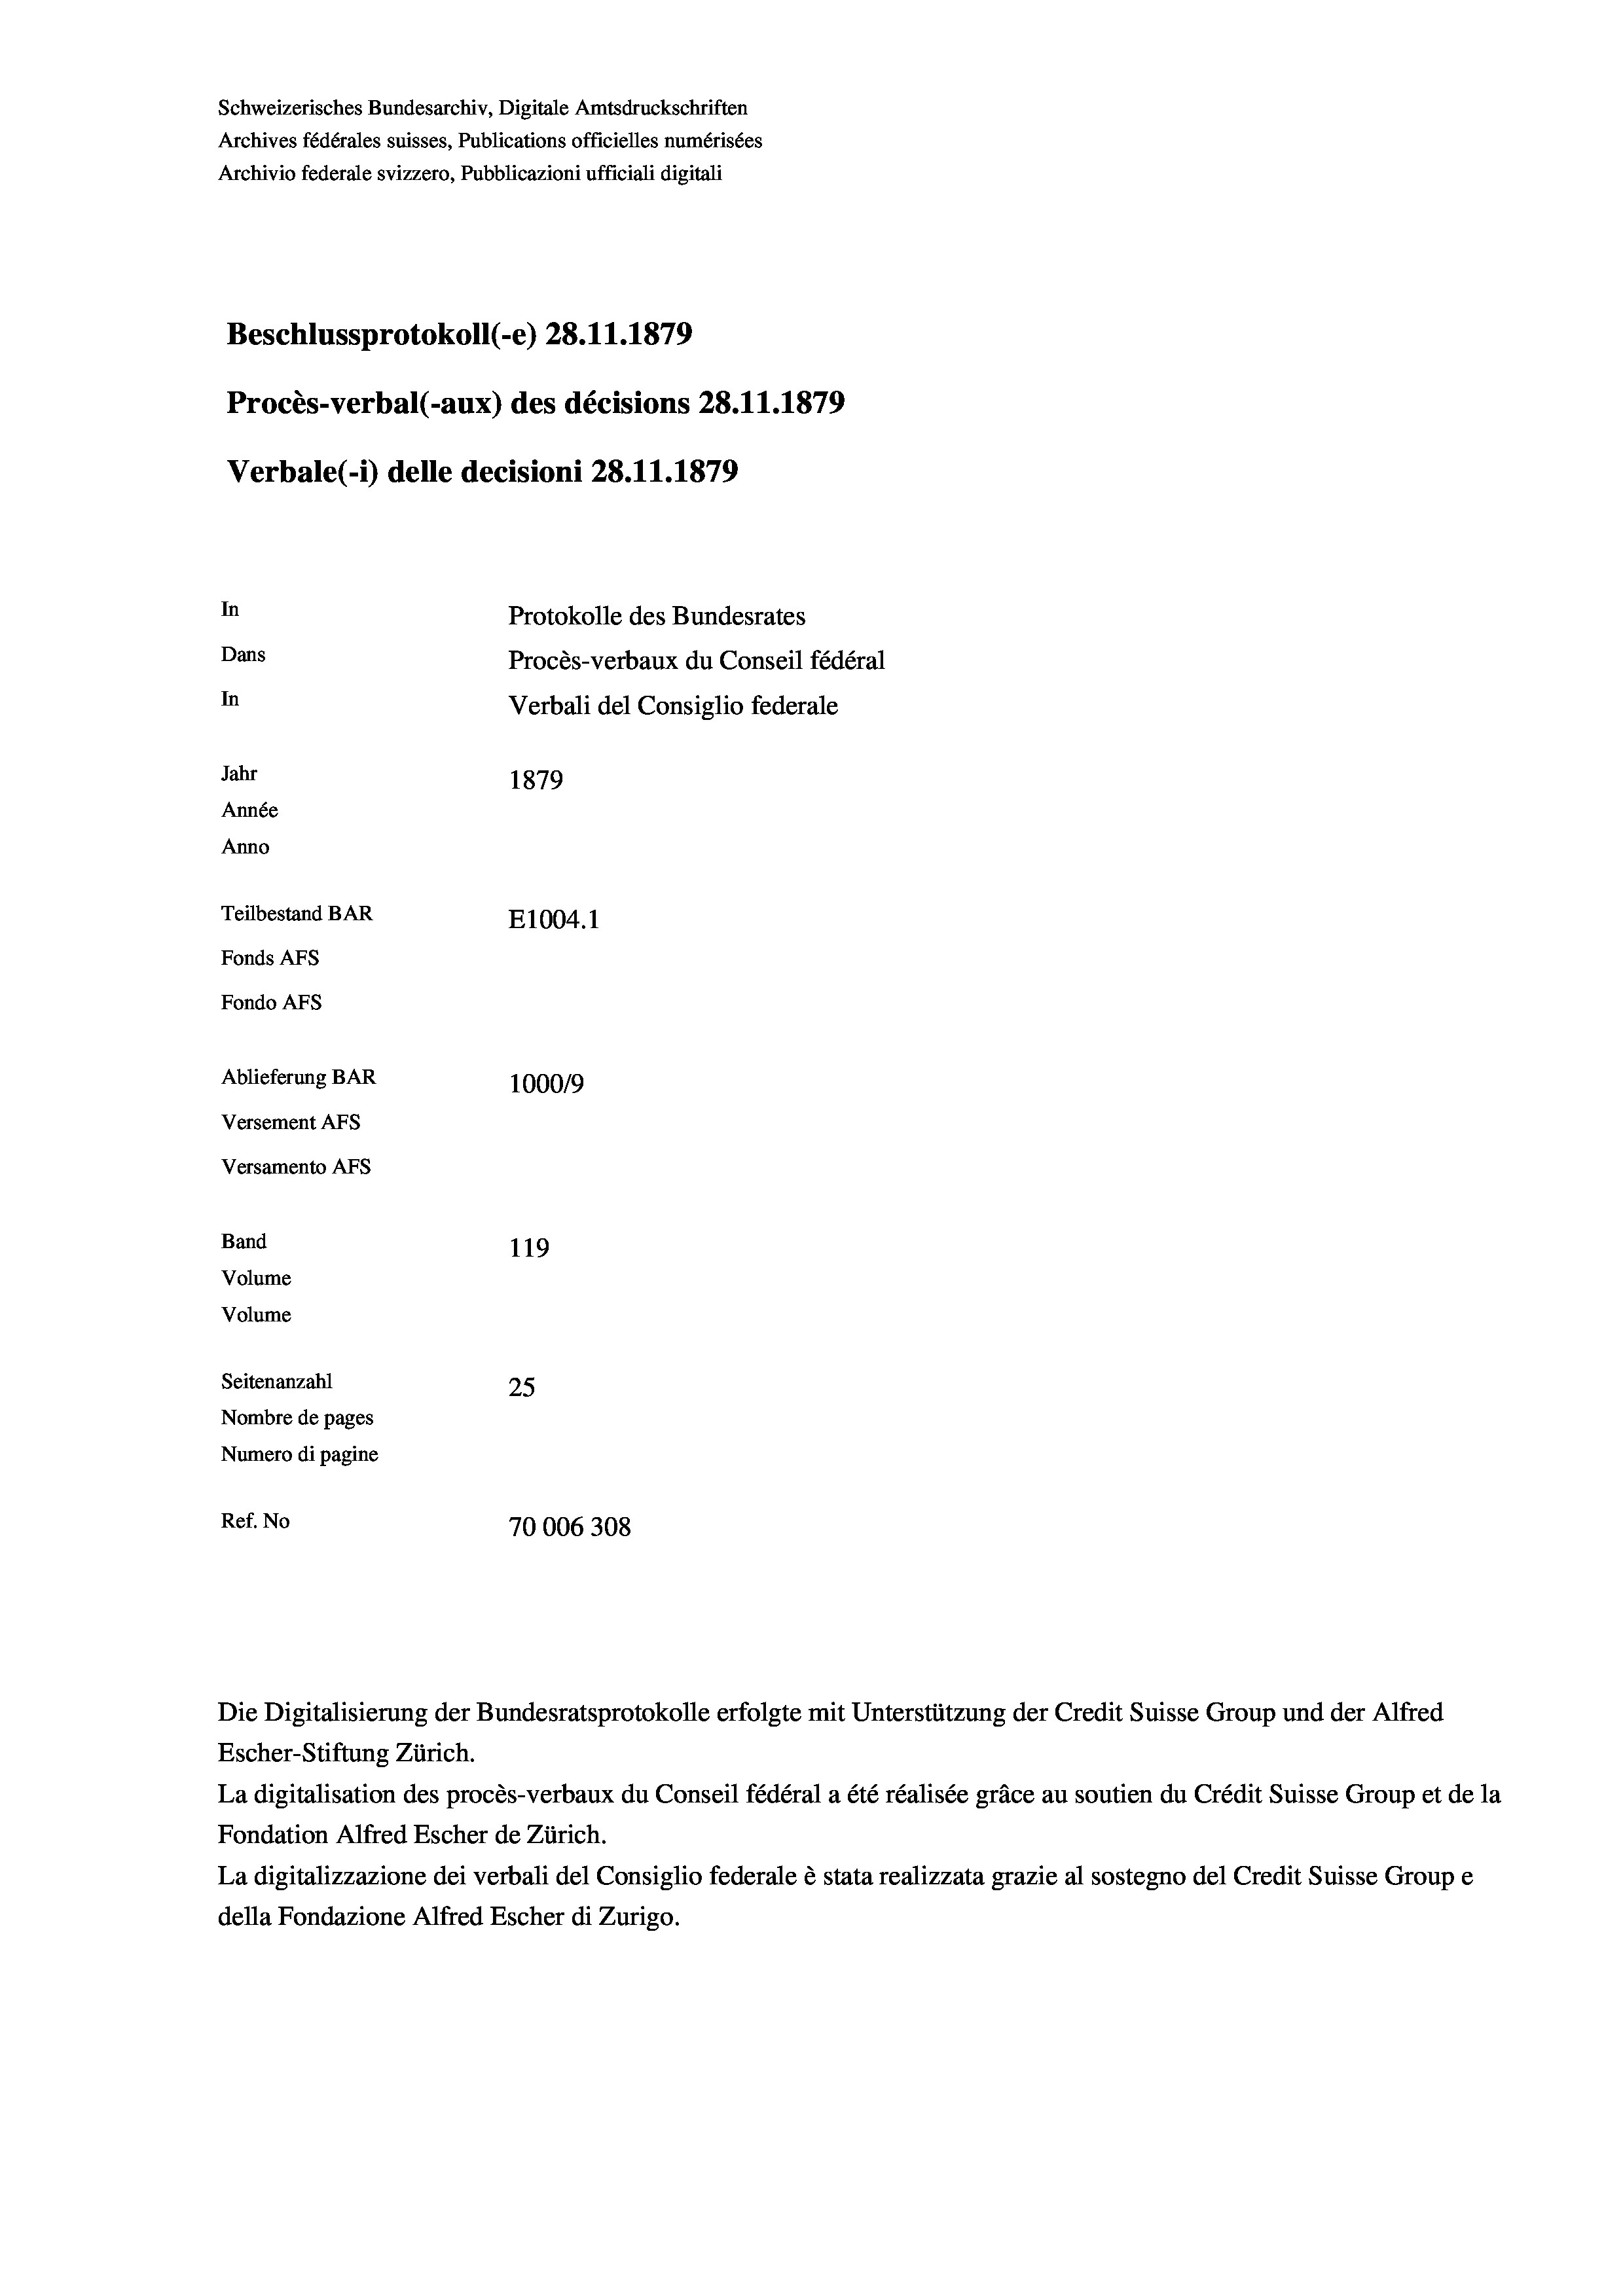
Schweizerisches Bundesarchiv, Digitale Amtsdruckschriften
Archives fédérales suisses, Publications officielles numérisées
Archivio federale svizzero, Pubblicazioni ufficiali digitali
Beschlussprotokoll (-e) 28. 11. 1879
Procès-verbal (-aux) des décisions 28.11.1879
Verbale(-*) delle decisioni 28.11.1879
In
Protokolle des Bundesrates
Dans
Procès-verbaux du Conseil fédéral
In
Verbali del Consiglio federale
Jahr
1879
Année
Anno
Teilbestand BAR
E1004.1
Fonds AFs
Fondo AFs
Ablieferung BAR
1000/9
Versement Abs
Versamento AFs
Band
119
Volume
Volume
Seitenanzahl
25
Nombre de pages
Numero di pagine
Ref. No
70006308

Die Digitalisierung der Bundesratsprotokolle erfolgte mit Unterstützung der Credit Suisse Group und der Alfred
Escher-Stiftung Zürich.
La digitalisation des procès-verbaux du Conseil fédéral a été réalisée gräce au soutien du Crédit Suisse Group et de la
Fondation Alfred Escher de Zürich.
La digitalizzazione dei verbali del Consiglio federale è stata realizzata grazie al sostegno del Credit Suisse Groupe
della Fondazione Alfred Escher di Zurigo.